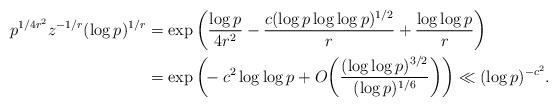
LaTeX: \begin{align*}p^{1/4r^2}z^{-1/r}(\log p)^{1/r}&=\exp\bigg(\frac{\log p}{4r^2}-\frac{c(\log p\log\log p)^{1/2}}{r}+\frac{\log\log p}{r}\bigg)\\&=\exp\bigg(\!\!-c^2\log\log p+O\bigg(\frac{(\log\log p)^{3/2}}{(\log p)^{1/6}}\bigg)\bigg)\ll(\log p)^{-c^2}.\end{align*}